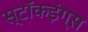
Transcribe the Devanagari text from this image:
स्टॉकइंग्स